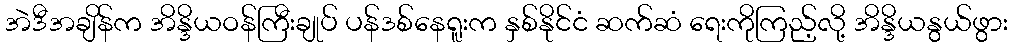
အဲဒီအချိန်က အိန္ဒိယဝန်ကြီးချုပ် ပန်ဒစ်နေရူးက နှစ်နိုင်ငံ ဆက်ဆံ ရေးကိုကြည့်လို့ အိန္ဒိယနွယ်ဖွား